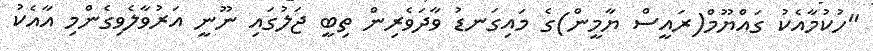
"ހުކުމާއެކު ގައްޔޫމް(ރައީސް ޔާމީން)ގެ މައިގަނޑު ވާދަވެރިން ތިބީ ޖަލުގައި ނޫނީ އަރުވާލެވިގެންމި އާއެކު